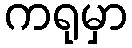
ကရုမှာ